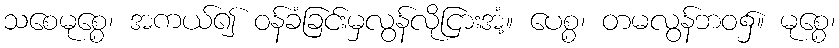
သစေမုစ္စေ၊ အကယ်၍ ဝန်ခံခြင်းမှလွန်လိုငြားအံ့။ ပေစ္စ၊ တမလွန်ဘဝ၌။ မုစ္စေ၊